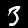
Label: 3